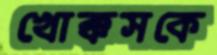
খোক্কসকে